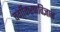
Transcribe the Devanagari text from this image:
वर्गीकरणविज्ञान